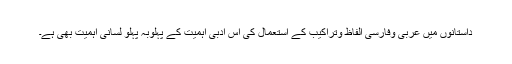
داستانوں میں عربی وفارسی الفاظ وتراکیب کے استعمال کی اس ادبی اہمیت کے پہلوبہ پہلو لسانی اہمیت بھی ہے۔